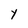
Character: Y